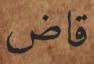
قاض